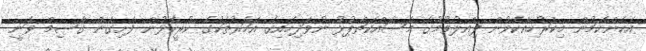
އެހެންކަމުން މިކަރުހިއްކެވުން ފިއްލުވުމުގެ މަސައްކަތްޕުޅު ނުވަދިހައިގެ އަހަރުތަކުގެ ކުރީކޮޅުން ފެށިގެން ގާސިމް ވަނީ